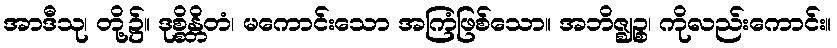
အာဒီသု၊ တို့၌။ ဒုစ္စိန္တိတံ၊ မကောင်းသော အကြံဖြစ်သော။ အဘိဇ္ဈဉ္စ၊ ကိုလည်းကောင်း။